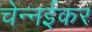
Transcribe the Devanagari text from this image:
चेन्नईकर